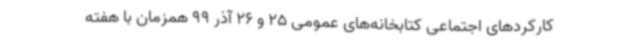
کارکردهای اجتماعی کتابخانه‌های عمومی 25 و 26 آذر 99 همزمان با هفته